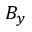
B _ { y }